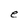
Character: e